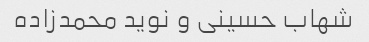
شهاب حسینی و نوید محمدزاده